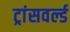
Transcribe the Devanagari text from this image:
ट्रांसवर्ल्ड